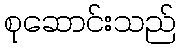
စုဆောင်းသည်